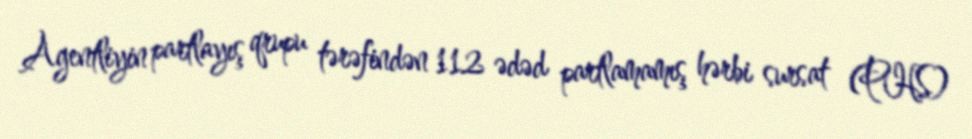
Agentliyin partlayış qrupu tərəfindən 112 ədəd partlamamış hərbi sursat (PHS)